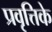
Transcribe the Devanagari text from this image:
प्रवृत्तिके